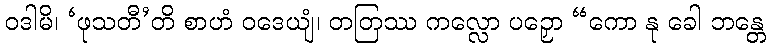
ဝဒါမိ၊ ‘ဖုသတီ’တိ စာဟံ ဝဒေယျံ၊ တတြဿ ကလ္လော ပဉှော “ကော နု ခေါ ဘန္တေ